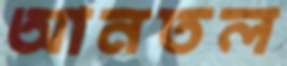
আনতল